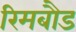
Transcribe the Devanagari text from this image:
रिमबौड